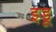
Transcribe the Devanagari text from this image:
इडू